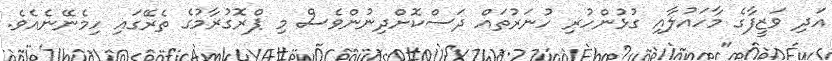
އަދި ވަޒީފާގެ މާހައުލާއި ގުޅުންހުރި ހުނަރުތައް ދަސްކޮށްދިނުންވެސް މި ޕްރޮގުރާމުގެ ތެރޭގައި ހިމެނޭނެއެވެ.